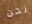
نحن